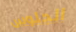
الجلوس